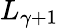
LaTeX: L_{\gamma+1}